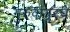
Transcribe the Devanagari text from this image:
गुरुवायुरचे